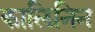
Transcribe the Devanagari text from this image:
कालिनिन